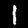
Digit: 1